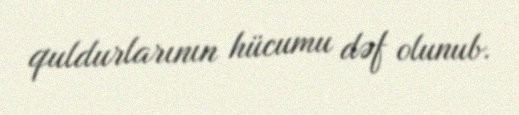
quldurlarının hücumu dəf olunub.